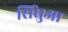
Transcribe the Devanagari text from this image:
सिंघुआ